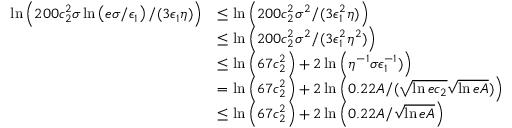
\begin{array} { r l } { \ln \left( 2 0 0 c _ { 2 } ^ { 2 } \sigma \ln \left( e \sigma / \epsilon _ { 1 } \right) / ( 3 \epsilon _ { 1 } \eta ) \right) } & { \le \ln \left( 2 0 0 c _ { 2 } ^ { 2 } \sigma ^ { 2 } / ( 3 \epsilon _ { 1 } ^ { 2 } \eta ) \right) } \\ & { \le \ln \left( 2 0 0 c _ { 2 } ^ { 2 } \sigma ^ { 2 } / ( 3 \epsilon _ { 1 } ^ { 2 } \eta ^ { 2 } ) \right) } \\ & { \le \ln \left( 6 7 c _ { 2 } ^ { 2 } \right) + 2 \ln \left( \eta ^ { - 1 } \sigma \epsilon _ { 1 } ^ { - 1 } ) \right) } \\ & { = \ln \left( 6 7 c _ { 2 } ^ { 2 } \right) + 2 \ln \left( 0 . 2 2 A / ( \sqrt { \ln { e c _ { 2 } } } \sqrt { \ln { e A } } ) \right) } \\ & { \le \ln \left( 6 7 c _ { 2 } ^ { 2 } \right) + 2 \ln \left( 0 . 2 2 A / \sqrt { \ln { e A } } \right) } \end{array}